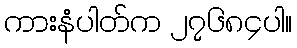
ကားနံပါတ်က ၂၇၆၈၄ပါ။